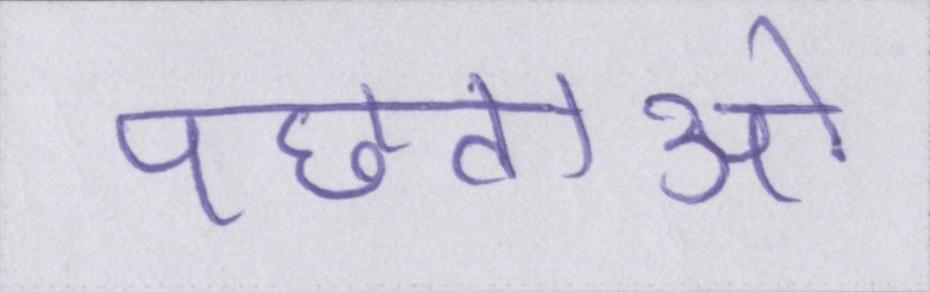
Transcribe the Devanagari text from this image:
पछताओ